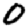
Digit: 0